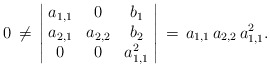
\begin{align*}0\,\neq\,\left\vert\!\begin{array}{ccc}a_{1,1} & 0 & b_1\\a_{2,1} & a_{2,2} & b_2\\0 & 0 & a_{1,1}^2\end{array}\!\right\vert\,=\,a_{1,1}\,a_{2,2}\,a_{1,1}^2.\end{align*}